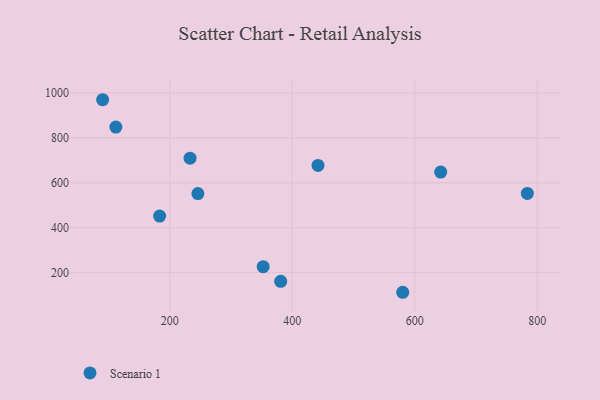
{"axis": {"x": "Study Hours", "y": "Sales"}, "legend": ["Scenario 1"], "data": [{"x": "183.5", "y": 452.1, "type": "Scenario 1"}, {"x": "352.5", "y": 226.7, "type": "Scenario 1"}, {"x": "642.3", "y": 647.8, "type": "Scenario 1"}, {"x": "245.9", "y": 552.2, "type": "Scenario 1"}, {"x": "90.4", "y": 970.0, "type": "Scenario 1"}, {"x": "783.8", "y": 552.6, "type": "Scenario 1"}, {"x": "442.0", "y": 677.4, "type": "Scenario 1"}, {"x": "112.0", "y": 848.2, "type": "Scenario 1"}, {"x": "580.3", "y": 112.7, "type": "Scenario 1"}, {"x": "381.1", "y": 161.4, "type": "Scenario 1"}, {"x": "233.1", "y": 709.8, "type": "Scenario 1"}]}